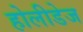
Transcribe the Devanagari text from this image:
होलीडेज